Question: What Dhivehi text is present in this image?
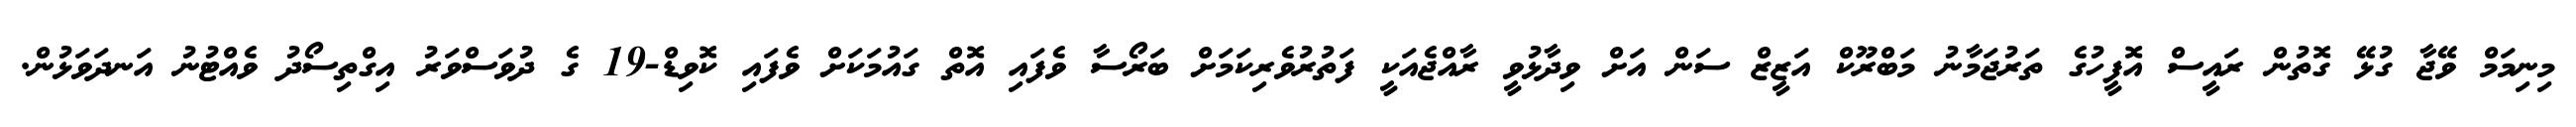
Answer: މިނިމަމް ވޭޖާ ގުޅޭ ގޮތުން ރައީސް އޮފީހުގެ ތަރުޖަމާނު މަބްރޫކް އަޒީޒް ސަން އަށް ވިދާޅުވީ ރާއްޖެއަކީ ފަތުރުވެރިކަމަށް ބަރޯސާ ވެފައި އޮތް ގައުމަކަށް ވެފައި ކޮވިޑް-19 ގެ ދުވަސްވަރު އިގްތިސޯދު ވެއްޓުނު އަނދަވަޅުން.